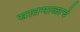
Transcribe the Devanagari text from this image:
सातमाळाचे